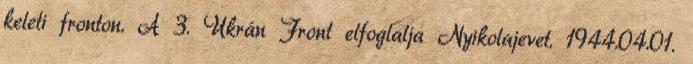
keleti fronton. A 3. Ukrán Front elfoglalja Nyikolajevet. 1944.04.01.